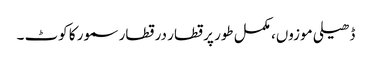
ڈھیلی موزوں، مکمل طور پر قطار در قطار سمور کا کوٹ ۔